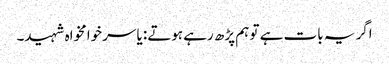
اگر یہ بات ہے تو ہم پڑھ رہے ہوتے: یاسر خوامخواہ شہید۔